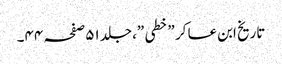
تاریخ ابن عسا کر ”خطی ”،جلد ٥١صفحہ ٤٤۔